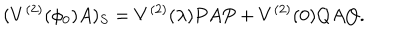
( V ^ { ( 2 ) } ( \phi _ { 0 } ) A ) _ { S } = V ^ { ( 2 ) } ( \lambda ) P A P + V ^ { ( 2 ) } ( 0 ) Q A Q .